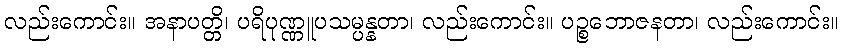
လည်းကောင်း။ အနာပတ္တိ၊ ပရိပုဏ္ဏူပသမ္ပန္နတာ၊ လည်းကောင်း။ ပဉ္စဘောဇနတာ၊ လည်းကောင်း။